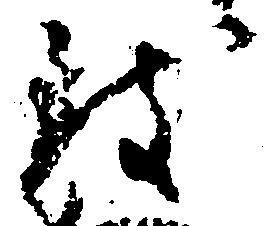
致